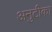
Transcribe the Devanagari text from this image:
अनुटीका